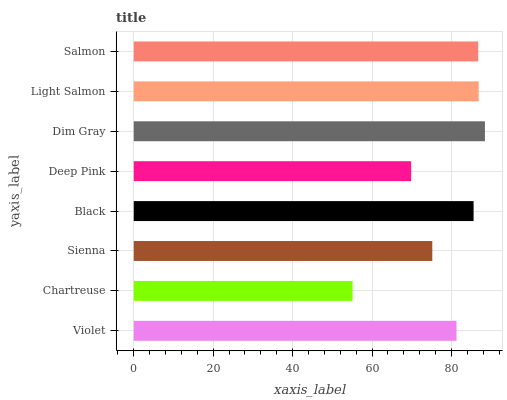
| yaxis_label | bars |
 | --- | --- |
 | Violet | 81.3 |
 | Chartreuse | 55.1 |
 | Sienna | 75.2 |
 | Black | 85.6 |
 | Deep Pink | 69.9 |
 | Dim Gray | 88.4 |
 | Light Salmon | 86.9 |
 | Salmon | 86.7 |